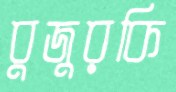
বুজুরকি